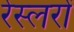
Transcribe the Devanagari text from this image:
रेस्लरों